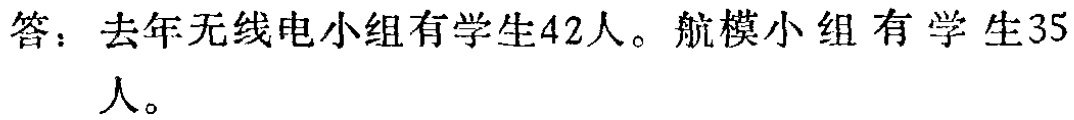
答：去年无线电小组有学生42人。航模小组有学生35人。